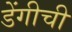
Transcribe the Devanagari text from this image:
डेंगीची